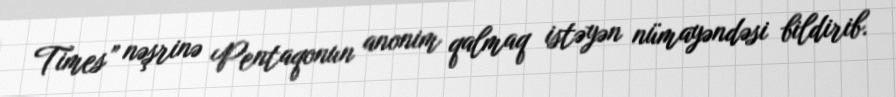
Times” nəşrinə Pentaqonun anonim qalmaq istəyən nümayəndəsi bildirib.